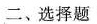
二、选择题